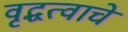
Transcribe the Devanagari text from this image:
वृद्धत्वाचे